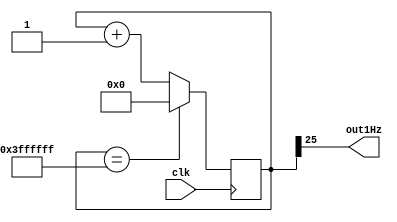
module clk_1Hz (input clk, output out1Hz);
reg [25:0] contar;
initial contar = 0;
assign out1Hz = contar [25];		// aprox. 0.7 Hz
always @ (posedge clk) begin
	contar <= contar + 1;
	if (contar == 26'h3FFFFFF) begin
		contar <= 26'h0;
		end
end

endmodule